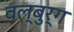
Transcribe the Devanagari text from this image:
वल्बुर्ग